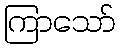
ကြာသော်